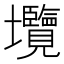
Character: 𡔑